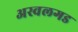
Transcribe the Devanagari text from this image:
अस्वलगड